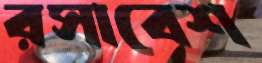
রসাবেশ